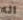
اله